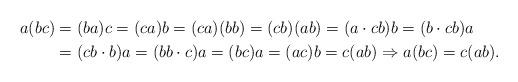
LaTeX: \begin{align*}a(bc) & =(ba)c=(ca)b=(ca)(bb)=(cb)(ab)=(a\cdot cb)b=(b\cdot cb)a\\ & =(cb\cdot b)a=(bb\cdot c)a=(bc)a=(ac)b=c(ab)\Rightarrow a(bc)=c(ab).\end{align*}